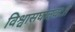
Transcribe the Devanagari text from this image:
विश्वासघातकःते